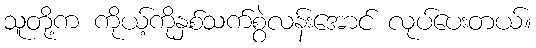
သူတို့က ကိုယ့်ကိုနှစ်သက်စွဲလန်းအောင် လုပ်ပေးတယ်။